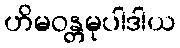
ဟိမဝန္တမုပါဒါယ